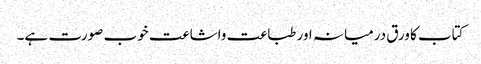
کتاب کا ورق درمیانہ اور طباعت واشاعت خوب صورت ہے۔